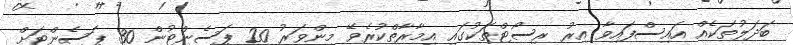
ބަދަލުތަކެއް އައިސްފައިވާ އިރު ރިސޯޓްތަކުގައި އިމާރާތްކުރެވޭ މިންވަރު 20 ޕަސެންޓުން 30 ޕަސެންޓަށް